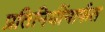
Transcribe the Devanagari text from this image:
प्रतिनिधींमार्फत